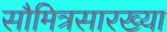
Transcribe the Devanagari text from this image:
सौमित्रसारख्या